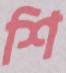
শি